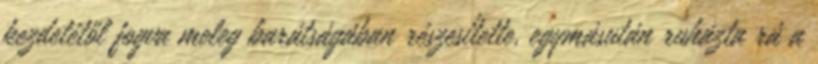
kezdetétől fogva meleg barátságában részesítette, egymásután ruházta rá a